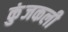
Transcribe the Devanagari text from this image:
कुंजकली